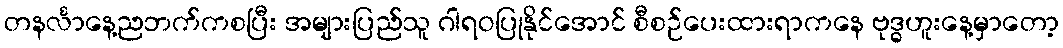
တနင်္လာနေ့ညဘက်ကစပြီး အများပြည်သူ ဂါရဝပြုနိုင်အောင် စီစဉ်ပေးထားရာကနေ ဗုဒ္ဓဟူးနေ့မှာတော့